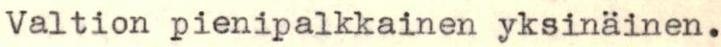
Valtion pienipalkkainen yksinäinen.